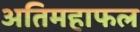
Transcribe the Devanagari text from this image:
अतिमहाफल